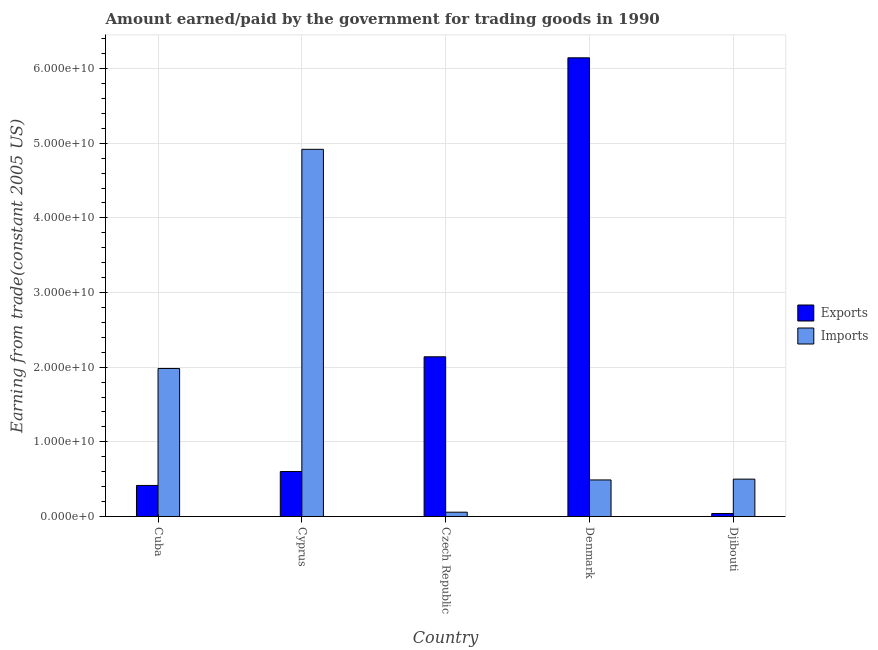
| Country | Exports | Imports |
 | --- | --- | --- |
 | Cuba | 4.16e+09 | 1.98e+10 |
 | Cyprus | 6.02e+09 | 4.92e+10 |
 | Czech Republic | 2.14e+10 | 5.75e+08 |
 | Denmark | 6.14e+10 | 4.9e+09 |
 | Djibouti | 3.94e+08 | 5e+09 |